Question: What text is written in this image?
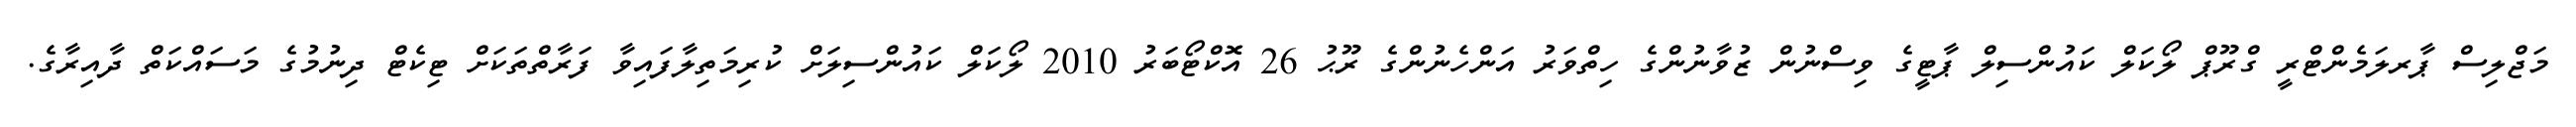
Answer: މަޖްލިސް ޕާރލަމެންޓްރީ ގްރޫޕް ލޯކަލް ކައުންސިލް ޕާޓީގެ ވިސްނުން ޒުވާނުންގެ ހިތްވަރު އަންހެނުންގެ ރޫޙު 26 އޮކްޓޯބަރު 2010 ލޯކަލް ކައުންސިލަށް ކުރިމަތިލާފައިވާ ފަރާތްތަކަށް ޓިކެޓް ދިނުމުގެ މަސައްކަތް ދާއިރާގެ.